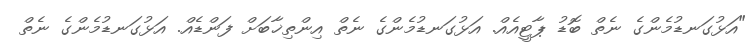
"އަޅުގަނޑުމެންގެ ނެތް ބޮޑު ޕާޓީއެއް. އަޅުގަނޑުމެންގެ ނެތް އިންތިޚާބަށް ފަންޑެއް. އަޅުގަނޑުމެންގެ ނެތް